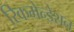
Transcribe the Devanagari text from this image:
रिकमेन्डेशन